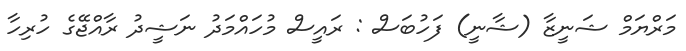
މަރްޔަމް ޝަނީޒާ (ޝާނީ) ފަހުބަސް : ރައީސް މުހައްމަދު ނަޝީދު ރާއްޖޭގެ ހުރިހާ